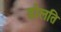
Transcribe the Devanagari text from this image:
डोलति